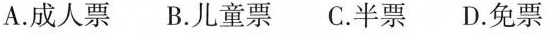
A.成人票B.儿童票C.半票D.免票